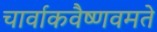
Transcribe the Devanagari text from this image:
चार्वाकवैष्णवमते